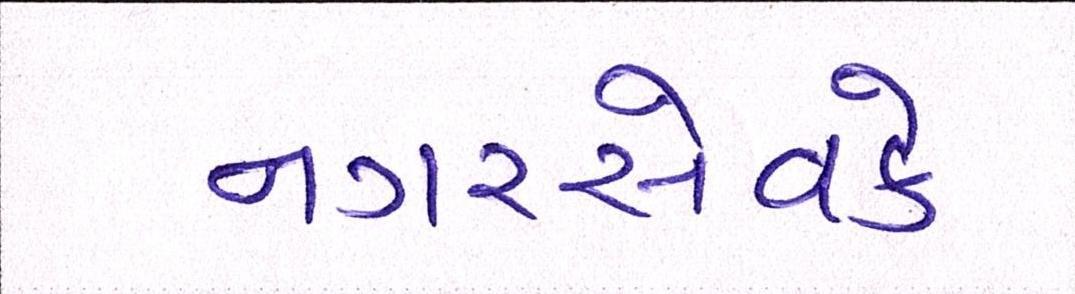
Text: નગરસેવકે